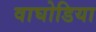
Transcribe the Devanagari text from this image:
वाघोडिया